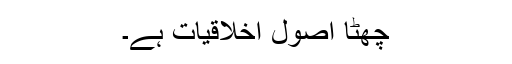
چھٹا اصول اخلاقیات ہے۔